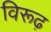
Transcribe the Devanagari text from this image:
विरूढ़